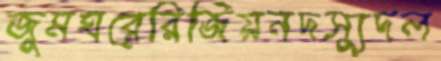
জুমঘরেরিজিয়নদস্যুদল